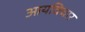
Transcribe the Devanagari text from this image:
आयविचार